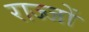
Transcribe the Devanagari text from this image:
राज्जों